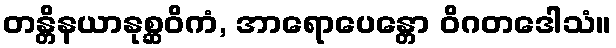
တန္တိနယာနုစ္ဆဝိကံ, အာရောပေန္တော ဝိဂတဒေါသံ။